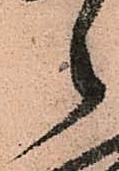
々